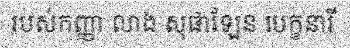
របស់កញ្ញា លាង សុផាឡែន បេក្ខនារី